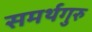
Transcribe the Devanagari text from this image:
समर्थगुरु